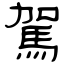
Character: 駕